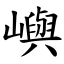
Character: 嶼